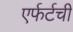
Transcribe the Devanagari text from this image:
एर्फर्टची